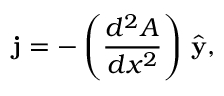
{ \bf j } = - \left( { \frac { d ^ { 2 } A } { d x ^ { 2 } } } \right) \, { \hat { \bf y } } ,